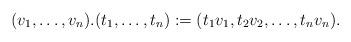
LaTeX: \begin{align*} (v_1,\dots, v_n ). (t_1,\dots, t_n ) := (t_1v_1,t_2v_2,\dots, t_nv_n ).\end{align*}